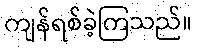
ကျန်ရစ်ခဲ့ကြသည်။